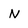
Character: N